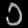
Digit: ၁